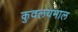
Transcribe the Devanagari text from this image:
कुवलयमाल